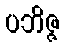
ပဘိဇ္ဇ